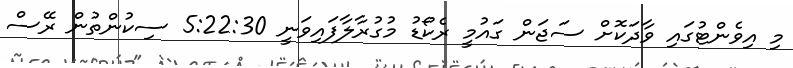
މި އިވެންޓުގައި ވާދަކޮށް ސަޖަން ގައުމީ ރެކޯޑު މުގުރާލާފައިވަނީ 5:22:30 ސިކުންތުން ރޭސް